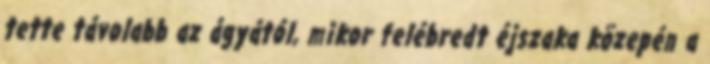
tette távolabb az ágyától, mikor felébredt éjszaka közepén a